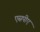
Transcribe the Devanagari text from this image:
एसपीए